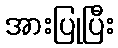
အားပြုပြီး